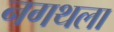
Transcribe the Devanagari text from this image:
नगथला